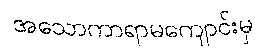
အသောကာရာမကျောင်းမှ